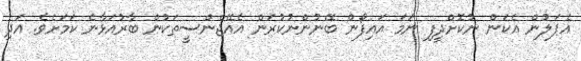
އެޕަލުން އެކަން ނުކޮށްދީފި ނަމަ އައިފޯން ބޭނުންނުުކުރަން އެއޭޖެންސީތަކުން ބާރުއަޅާނެ ކަމަށެވެ. އަދި